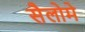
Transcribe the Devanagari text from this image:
सैलोमे